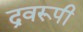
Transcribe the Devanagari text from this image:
द्रवरूपी